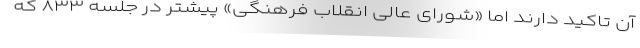
آن تاکید دارند اما «شورای عالی انقلاب فرهنگی» پیشتر در جلسه ۸۳۳ که